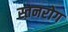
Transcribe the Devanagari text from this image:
स्तनरोग